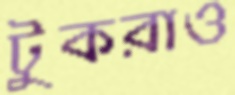
টুকরাও